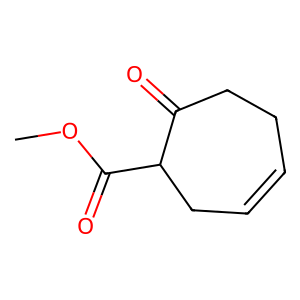
SMILES: COC(=O)C1CC=CCCC1=O
Inhibits HIV replication: No